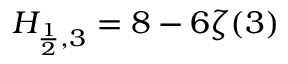
H _ { { \frac { 1 } { 2 } } , 3 } = 8 - 6 \zeta ( 3 )